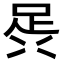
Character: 𮛎